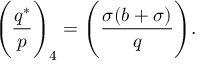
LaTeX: { \Bigg ( } { \frac { q ^ { * } } { p } } { \Bigg ) } _ { 4 } = { \Bigg ( } { \frac { \sigma ( b + \sigma ) } { q } } { \Bigg ) } .